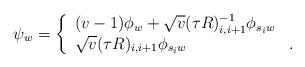
LaTeX: \begin{align*} \psi_{w} =\left\{\begin{array}{ll}(v-1)\phi_{w}+\sqrt{v}(\tau R)^{-1}_{i,i+1}\phi_{s_iw} &\\ \sqrt{v}(\tau R)_{i,i+1}\phi_{s_iw}&.\end{array}\right.\end{align*}